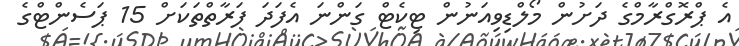
އެ ޕްރޮގްރާމްގެ ދަށުން މޯލްޑިވިއަނުން ޓިކެޓް ގަންނަ އެފަދަ ފަރާތްތަކަށް 15 ޕަސެންޓްގެ